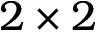
2 \times 2